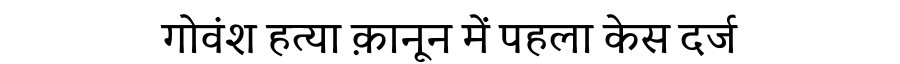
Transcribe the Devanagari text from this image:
गोवंश हत्या क़ानून में पहला केस दर्ज